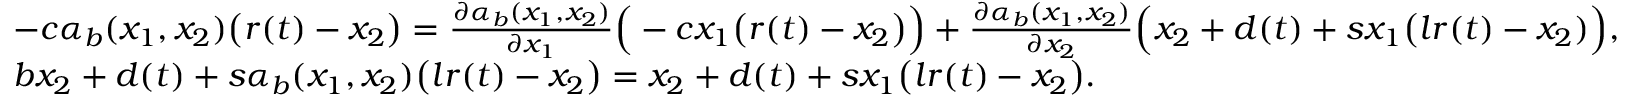
\begin{array} { r l } & { - c \alpha _ { b } ( x _ { 1 } , x _ { 2 } ) \big ( r ( t ) - x _ { 2 } \big ) = \frac { \partial \alpha _ { b } ( x _ { 1 } , x _ { 2 } ) } { \partial x _ { 1 } } \Big ( - c x _ { 1 } \big ( r ( t ) - x _ { 2 } \big ) \Big ) + \frac { \partial \alpha _ { b } ( x _ { 1 } , x _ { 2 } ) } { \partial x _ { 2 } } \Big ( x _ { 2 } + d ( t ) + s x _ { 1 } \big ( l r ( t ) - x _ { 2 } \b ) \Big ) , } \\ & { b x _ { 2 } + d ( t ) + s \alpha _ { b } ( x _ { 1 } , x _ { 2 } ) \big ( l r ( t ) - x _ { 2 } \big ) = x _ { 2 } + d ( t ) + s x _ { 1 } \big ( l r ( t ) - x _ { 2 } \big ) . } \end{array}